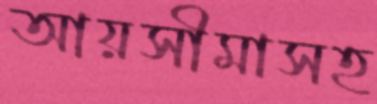
আয়সীমাসহ